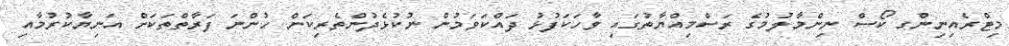
މިޓްރެއިނިންގ ކޯސް ނިންމާލުމުގެ ރަސްމިއްޔާތުގައި ވާހަކަފުޅު ދައްކަވަމުން ނުކުޅެދުންތެރިކަން ހުންނަ ފަރާތްތަކަށް އަނިޔާކުރުމާއި